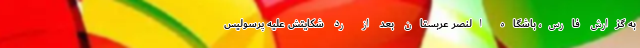
به گزارش فارس، باشگاه النصر عربستان بعد از رد شکایتش علیه پرسولیس